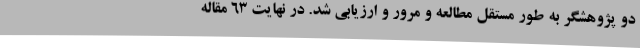
دو پژوهشگر به طور مستقل مطالعه و مرور و ارزیابی شد. در نهایت 63 مقاله